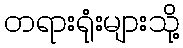
တရားရုံးများသို့